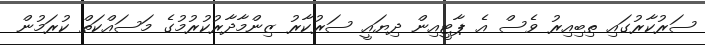
ސަރުކާރުގައި ތިބިއިރު ވެސް އެ ޕާޓީއިން ދިޔައީ ސަރުކާރު ޒިންމާދާރުކުރުމުގެ މަސައްކަތް ކުރަމުން